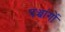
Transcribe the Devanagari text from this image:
पञ्चांगाें